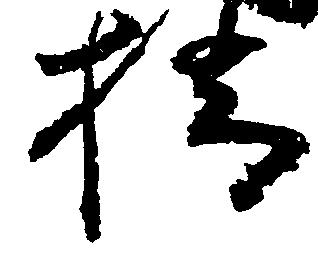
橋